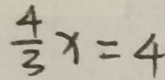
\frac { 4 } { 3 } x = 4